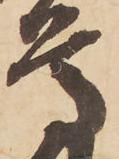
尊